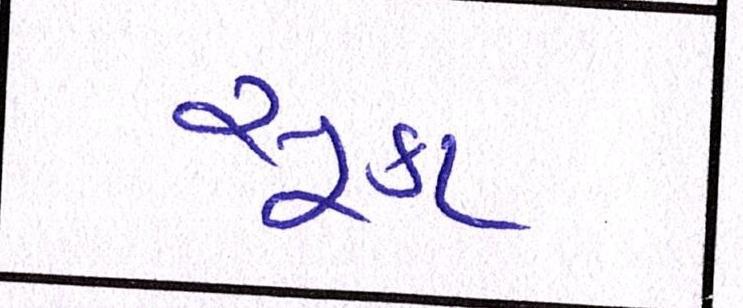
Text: સૂકા